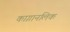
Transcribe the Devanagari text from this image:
काग़ानलिक